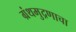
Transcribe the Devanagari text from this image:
ग्रंथमुद्रणाचा